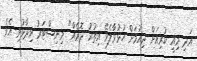
އަދި މިއީ ކުރިއަށް ދިއުމަށް ހުޅުވާލެވޭ އިތުރު ދޮރެއް" މިނިސްޓަރު ވިދާޅުވި އެވެ